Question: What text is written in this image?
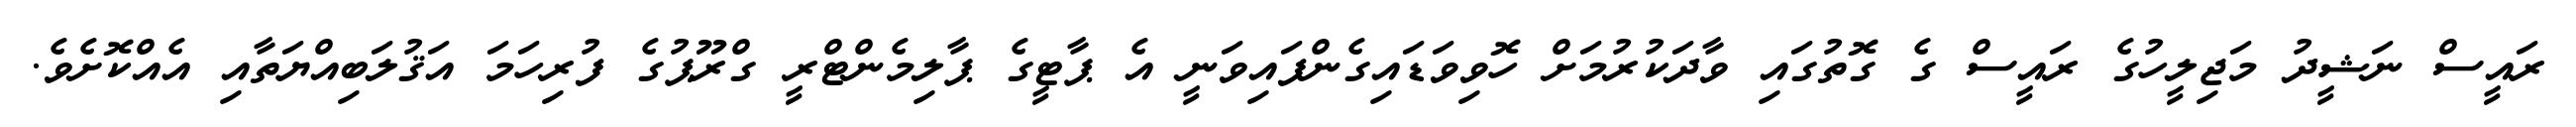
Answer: ރައީސް ނަޝީދު މަޖިލީހުގެ ރައީސް ގެ ގޮތުގައި ވާދަކުރުމަށް ހޮވިވަޑައިގެންފައިވަނީ އެ ޕާޓީގެ ޕާލިމެންޓްރީ ގްރޫޕުގެ ފުރިހަމަ އަޤުލަބިއްޔަތާއި އެއްކޮށެވެ.